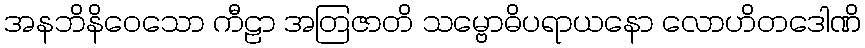
အနဘိနိဝေသော ကီဠာ အတြဇာတိ သမ္ဗောဓိပရာယနော လောဟိတဒေါဏိ